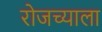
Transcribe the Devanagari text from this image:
रोजच्याला